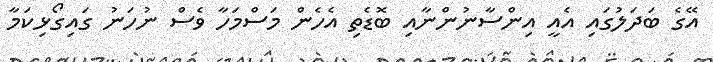
އޭގެ ބަދަލުގައި އެއީ އިންސާނުންނާއި ބޮޑެތި އެހެން މަސްމަހާ ވެސް ނުހަނު ގައިގޯޅިކަމާ